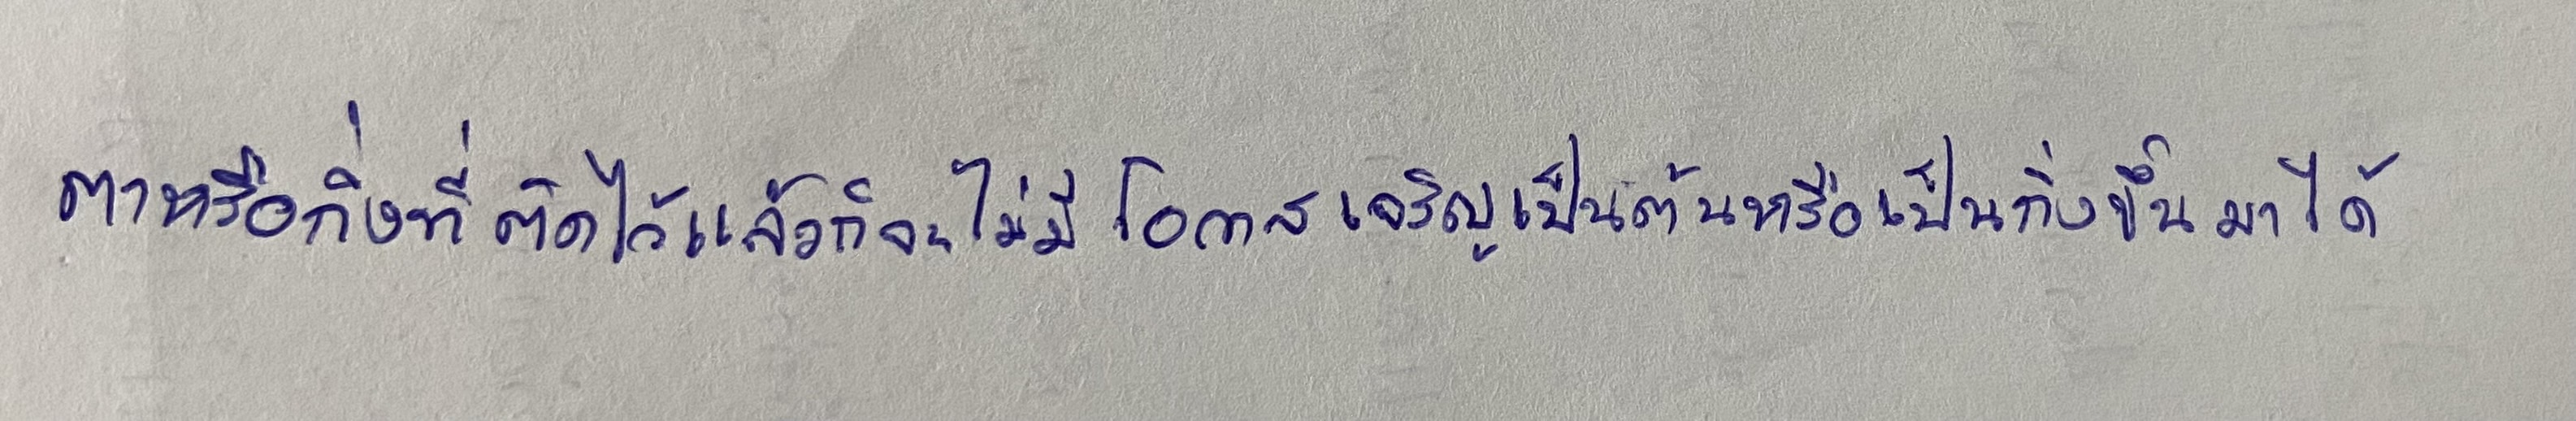
ตาหรือกิ่งที่ติดไว้แล้วก็จะไม่มีโอกาสเจริญเป็นต้นหรือเป็นกิ่งขึ้นมาได้